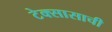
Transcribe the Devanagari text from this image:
टेक्सासाची